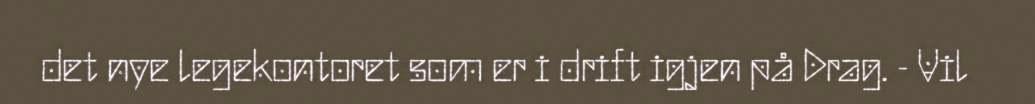
det nye legekontoret som er i drift igjen på Drag. - Vil